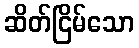
ဆိတ်ငြိမ်သော